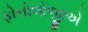
ફોનોલોજીએ